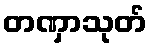
တဏှာသုတ်